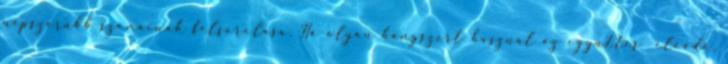
népszerűbb számainak felsorolása. Ha olyan hangszert használ az együttes előadó,